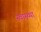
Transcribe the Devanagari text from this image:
स्वास्थ्था